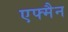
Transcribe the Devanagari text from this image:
एफ्मैन